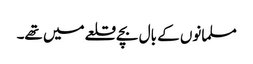
مسلمانوں کے بال بچے قلعے میں تھے۔